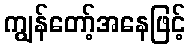
ကျွန်တော့်အနေဖြင့်